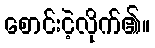
စောင်းငဲ့လိုက်၏။